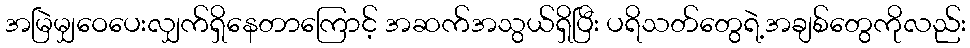
အမြဲမျှဝေပေးလျှက်ရှိနေတာကြောင့် အဆက်အသွယ်ရှိပြီး ပရိသတ်တွေရဲ့အချစ်တွေကိုလည်း